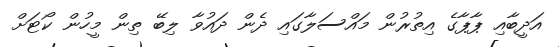
އަދީބާއި ޕާޕާގެ އިތުރުން މައްސަލާގައި ދެން ދައުވާ ލިބޭ ތިން މީހުން ކޯޓަށް